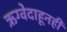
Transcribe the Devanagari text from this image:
ऋग्वेदाहूनही